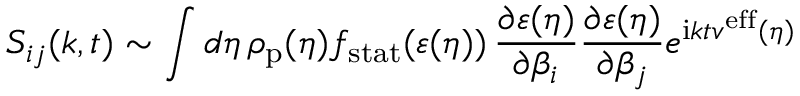
S _ { i j } ( k , t ) \sim \int d \eta \, \rho _ { \mathrm { p } } ( \eta ) f _ { \mathrm { s t a t } } ( \varepsilon ( \eta ) ) \, \frac { \partial \varepsilon ( \eta ) } { \partial \beta _ { i } } \frac { \partial \varepsilon ( \eta ) } { \partial \beta _ { j } } e ^ { \mathrm { i } k t v ^ { \mathrm { e f f } } ( \eta ) }